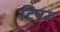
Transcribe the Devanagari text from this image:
टिपरू